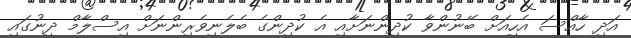
އަދި ހާއްސަ އެހީއަށް ބޭނުންވާ ކުދިންނަށާއި އެ ކުދިންގެ ބެލެނިވެރިންނަށް އިސްލާމް ދީނުގައި